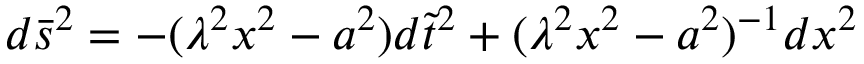
d \bar { s } ^ { 2 } = - ( \lambda ^ { 2 } x ^ { 2 } - a ^ { 2 } ) d \tilde { t } ^ { 2 } + ( \lambda ^ { 2 } x ^ { 2 } - a ^ { 2 } ) ^ { - 1 } d x ^ { 2 }